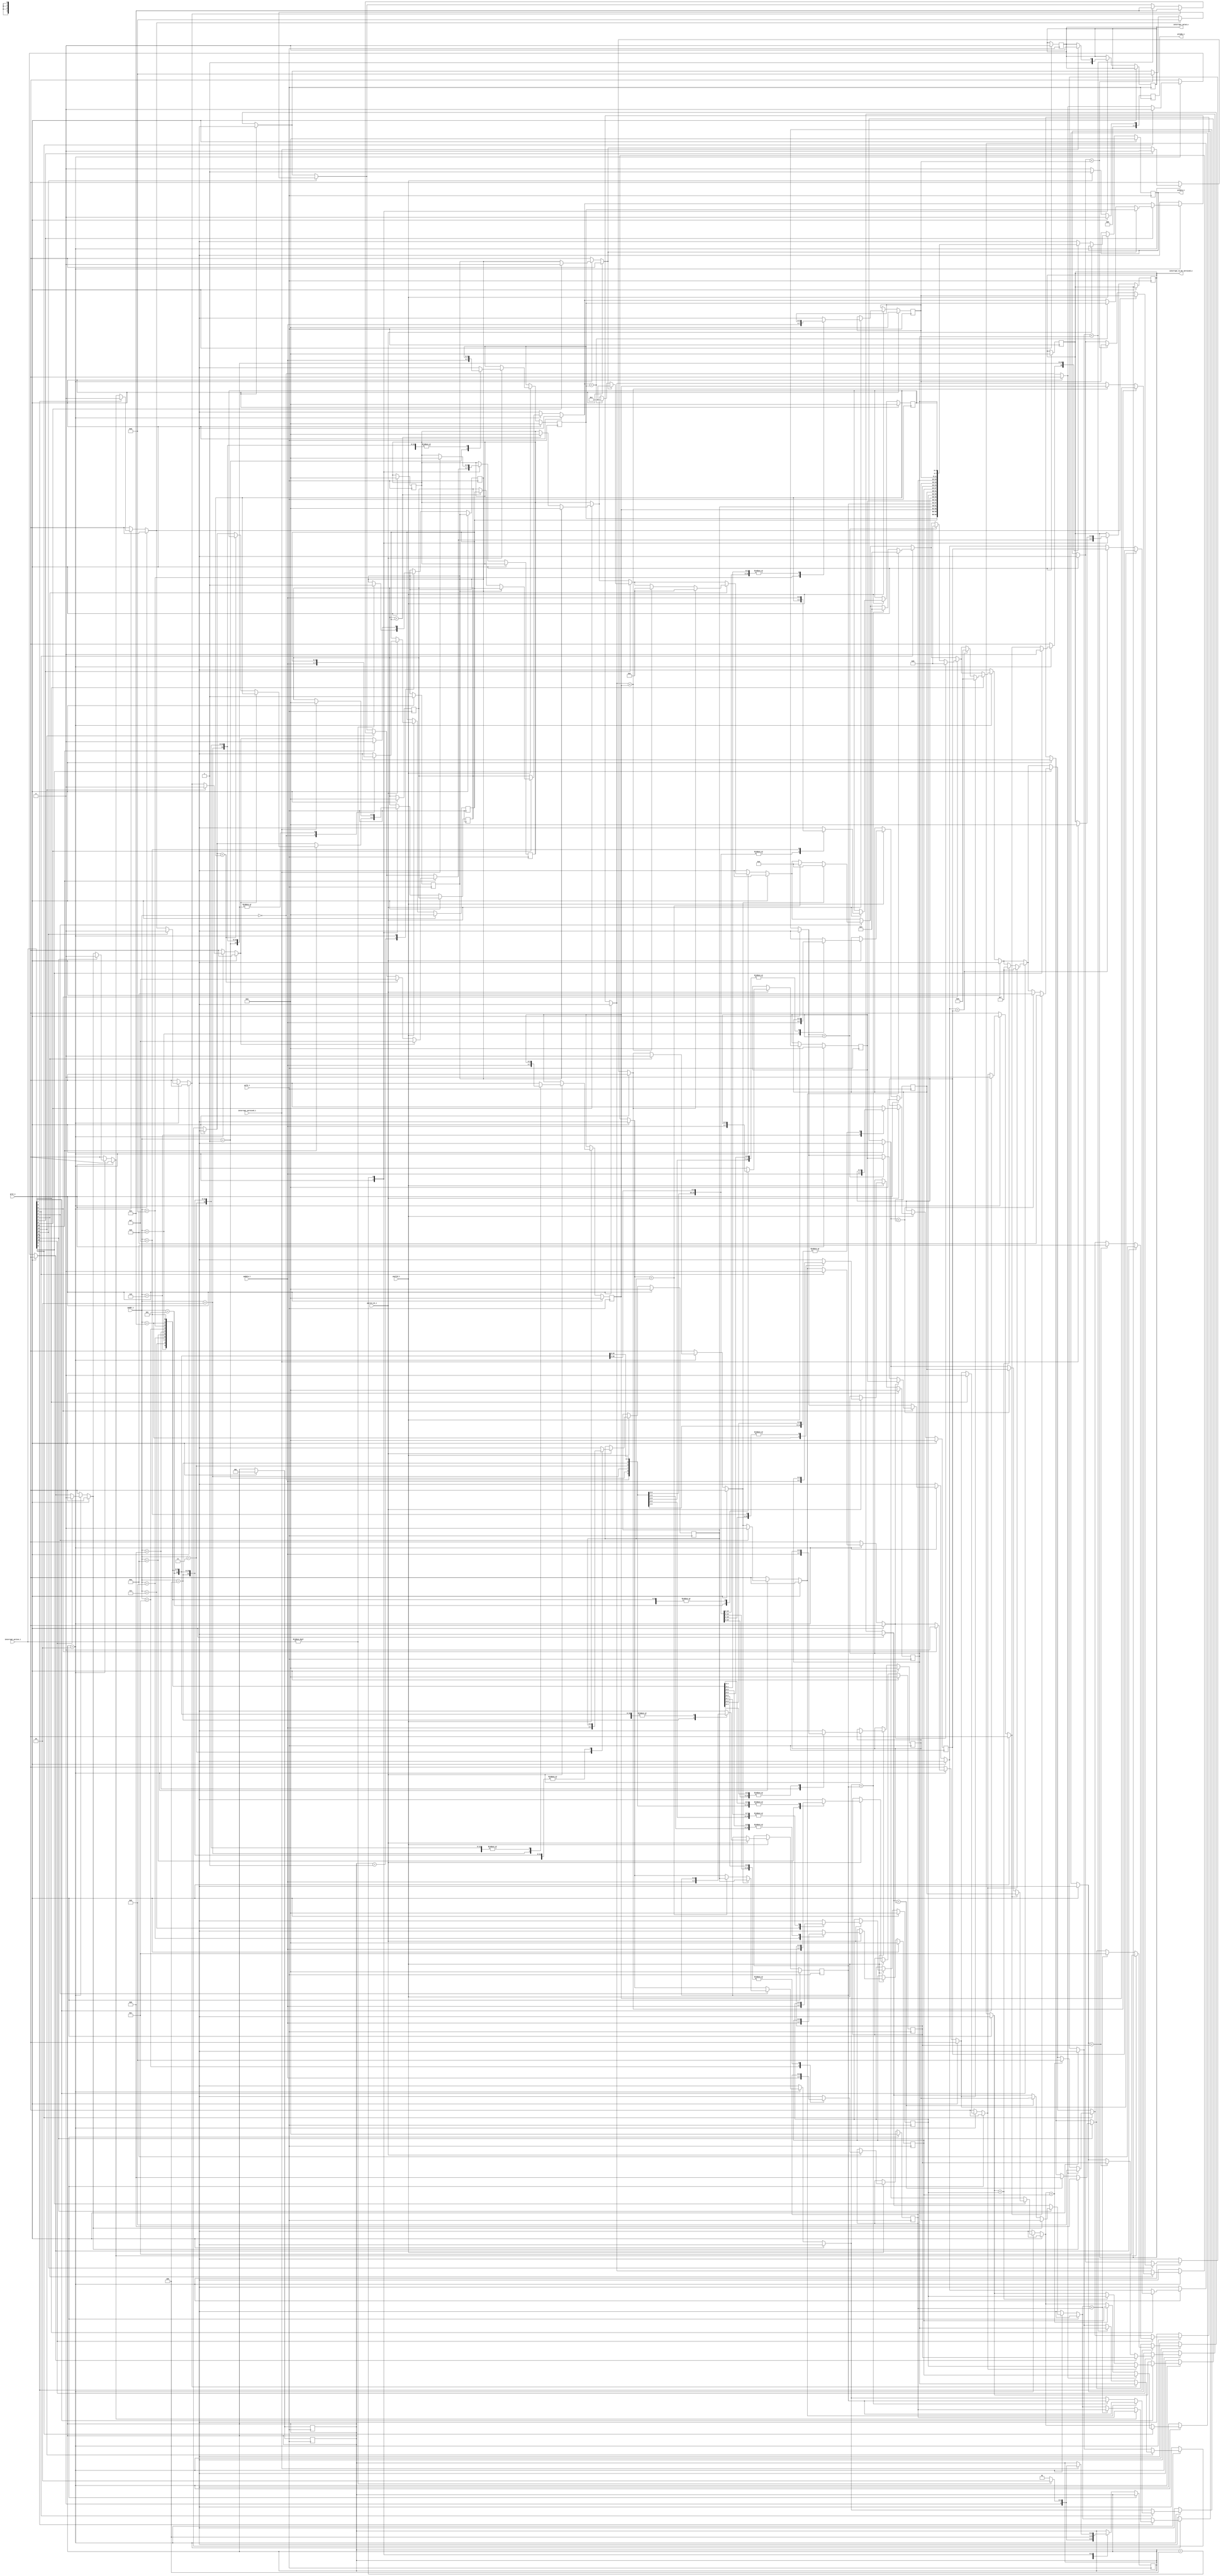
module ic (pclk_i,prst_i,paddr_i,pwdata_i,prdata_o,pwrite_en_i,pvalid_i,pready_o,interrupt_active_i,interrupt_serviced_i,interrupt_to_be_serviced_o,interrupt_valid_o);
parameter NO_OF_PERIPHERALS=16;
parameter WIDTH=$clog2(NO_OF_PERIPHERALS);
parameter S_NO_INTERRUPT=3'b001;
parameter S_ACTIVE_INTERRUPT=3'b010;
parameter S_INTERRUPT_GIVEN_TO_THE_PROCESSOR_FS=3'b100;

//APB Ports
input pclk_i,prst_i,pwrite_en_i,pvalid_i;
input [WIDTH-1:0] pwdata_i,paddr_i;

output reg [WIDTH-1:0]prdata_o;
output reg [WIDTH-1:0]pready_o;

//INTC Ports
input [NO_OF_PERIPHERALS-1:0]interrupt_active_i;
input interrupt_serviced_i;

output reg [WIDTH-1:0]interrupt_to_be_serviced_o;
output reg interrupt_valid_o;

//Declaring Priority Registers
reg [WIDTH-1:0] priority_reg[NO_OF_PERIPHERALS-1:0];

integer i;

//internal registers
reg [2:0] present_state,next_state;
reg first_check_flag;
reg [WIDTH-1:0]interrupt_priority_value,highest_priority_interrupt_peripheral;

always @(posedge pclk_i)begin
	if (prst_i)begin
		prdata_o=0;
		pready_o=0;
		first_check_flag=1;
		interrupt_priority_value=0;
		highest_priority_interrupt_peripheral=0;
		interrupt_to_be_serviced_o=0;
		interrupt_valid_o=0;
		present_state=S_NO_INTERRUPT;
		next_state=S_NO_INTERRUPT;
			for(i=0;i<NO_OF_PERIPHERALS;i=i+1)begin
			priority_reg[i]=0;
			end
		end

	else begin
		if(pvalid_i)begin
			pready_o=1;
			if(pwrite_en_i)begin
				priority_reg[paddr_i]=pwdata_i;
			end
			else begin
				prdata_o=priority_reg[paddr_i];
			end
		end
		
		else begin
			pready_o=0;
		end
	end
end

//Handling the interrupt

always @(posedge pclk_i)begin
	if (prst_i!=1)begin
		case (present_state) 
			S_NO_INTERRUPT:begin
				if(interrupt_active_i!=0)begin
					next_state=S_ACTIVE_INTERRUPT;
					first_check_flag=1;
				end
				else begin
					next_state=S_NO_INTERRUPT;
				end
			end

			S_ACTIVE_INTERRUPT:begin
				for(i=0;i<NO_OF_PERIPHERALS;i=i+1)begin
					if(interrupt_active_i[i])begin
						if(first_check_flag)begin
							interrupt_priority_value=priority_reg[i];
							highest_priority_interrupt_peripheral=i;
							first_check_flag=0;
						end

						else begin
							if(interrupt_priority_value<priority_reg[i])begin
								interrupt_priority_value=priority_reg[i];
								highest_priority_interrupt_peripheral=i;
							end
						end
					end
				end
				interrupt_to_be_serviced_o=highest_priority_interrupt_peripheral;
				interrupt_valid_o=1;

				next_state=S_INTERRUPT_GIVEN_TO_THE_PROCESSOR_FS;
				end

			S_INTERRUPT_GIVEN_TO_THE_PROCESSOR_FS:begin
				if(interrupt_serviced_i)begin
					interrupt_to_be_serviced_o=0;
					interrupt_valid_o=0;
					interrupt_priority_value=0;
					highest_priority_interrupt_peripheral=0;
						if(interrupt_active_i!=0)begin
							next_state=S_ACTIVE_INTERRUPT;
						end

						else begin
							next_state=S_NO_INTERRUPT;
						end
				end
			end
		endcase
	end
end

always @(next_state)begin
present_state=next_state;
end
endmodule